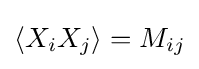
\langle X_{i}X_{j}\rangle =M_{ij}